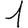
Digit: 1